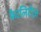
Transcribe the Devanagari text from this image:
फैटलिटीज़